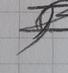
Signature authenticity: forged